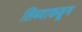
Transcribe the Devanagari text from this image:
लिब्याकडून